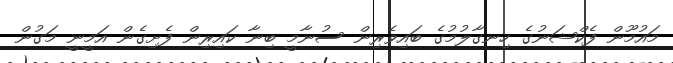
މައުމޫން ފެކްޝަނުގެ ހިނގާލުމުގެ ބައިވެރިން ސުނާމީ ބިނާ ކައިރިން ފެށިގެން އަމީނީ މަގުން